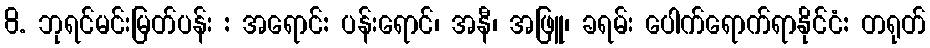
8. ဘုရင်မင်းမြတ်ပန်း : အရောင်: ပန်းရောင်၊ အနီ၊ အဖြူ၊ ခရမ်း ပေါက်ရောက်ရာနိုင်ငံ: တရုတ်